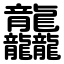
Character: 龘